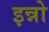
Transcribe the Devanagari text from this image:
इन्नो